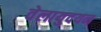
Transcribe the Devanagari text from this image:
वेलायुदयन